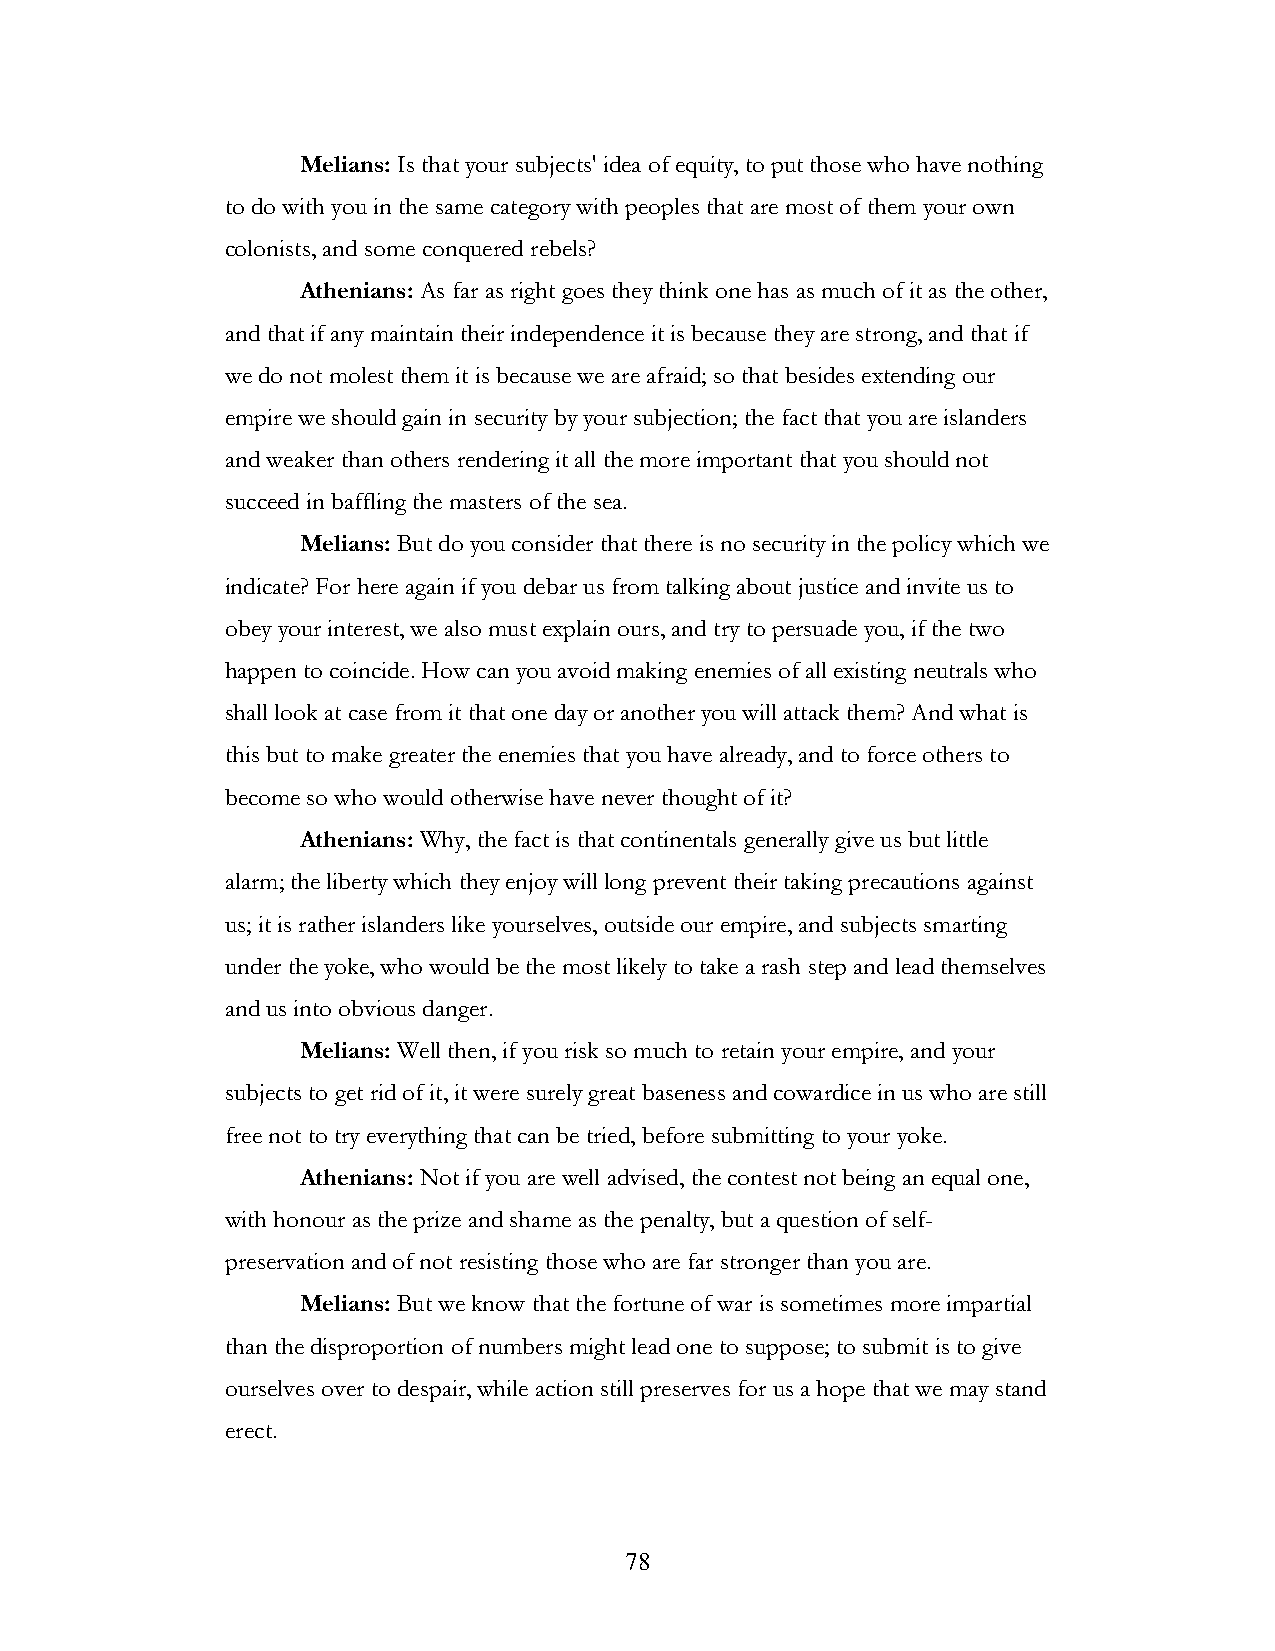
Melians: Is that your subjects' idea of equity, to put those who have nothing
 to do with you in the same category with peoples that are most of them your own
 colonists, and some conquered rebels?
 Athenians: As far as right goes they think one has as much of it as the other,
 and that if any maintain their independence it is because they are strong, and that if
 we do not molest them it is because we are afraid; so that besides extending our
 empire we should gain in security by your subjection; the fact that you are islanders
 and weaker than others rendering it all the more important that you should not
 succeed in baffling the masters of the sea.
 Melians: But do you consider that there is no security in the policy which we
 indicate? For here again if you debar us from talking about justice and invite us to
 obey your interest, we also must explain ours, and try to persuade you, if the two
 happen to coincide. How can you avoid making enemies of all existing neutrals who
 shall look at case from it that one day or another you will attack them? And what is
 this but to make greater the enemies that you have already, and to force others to
 become so who would otherwise have never thought of it?
 Athenians: Why, the fact is that continentals generally give us but little
 alarm; the liberty which they enjoy will long prevent their taking precautions against
 us; it is rather islanders like yourselves, outside our empire, and subjects smarting
 under the yoke, who would be the most likely to take a rash step and lead themselves
 and us into obvious danger.
 Melians: Well then, if you risk so much to retain your empire, and your
 subjects to get rid of it, it were surely great baseness and cowardice in us who are still
 free not to try everything that can be tried, before submitting to your yoke.
 Athenians: Not if you are well advised, the contest not being an equal one,
 with honour as the prize and shame as the penalty, but a question of self-
 preservation and of not resisting those who are far stronger than you are.
 Melians: But we know that the fortune of war is sometimes more impartial
 than the disproportion of numbers might lead one to suppose; to submit is to give
 ourselves over to despair, while action still preserves for us a hope that we may stand
 erect.
 !                         78